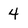
Character: 4